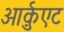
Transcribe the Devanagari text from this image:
आर्क़ुएट